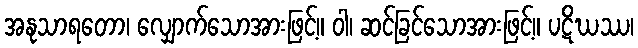
အနုသာရတော၊ လျှောက်သောအားဖြင့်။ ဝါ၊ ဆင်ခြင်သောအားဖြင့်။ ပဋိဃဿ၊